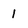
Character: 1